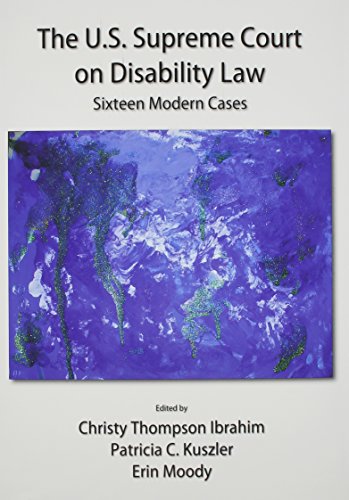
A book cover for The U.S. Supreme Court on Disability Law: Sixteen Modern Cases; Law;